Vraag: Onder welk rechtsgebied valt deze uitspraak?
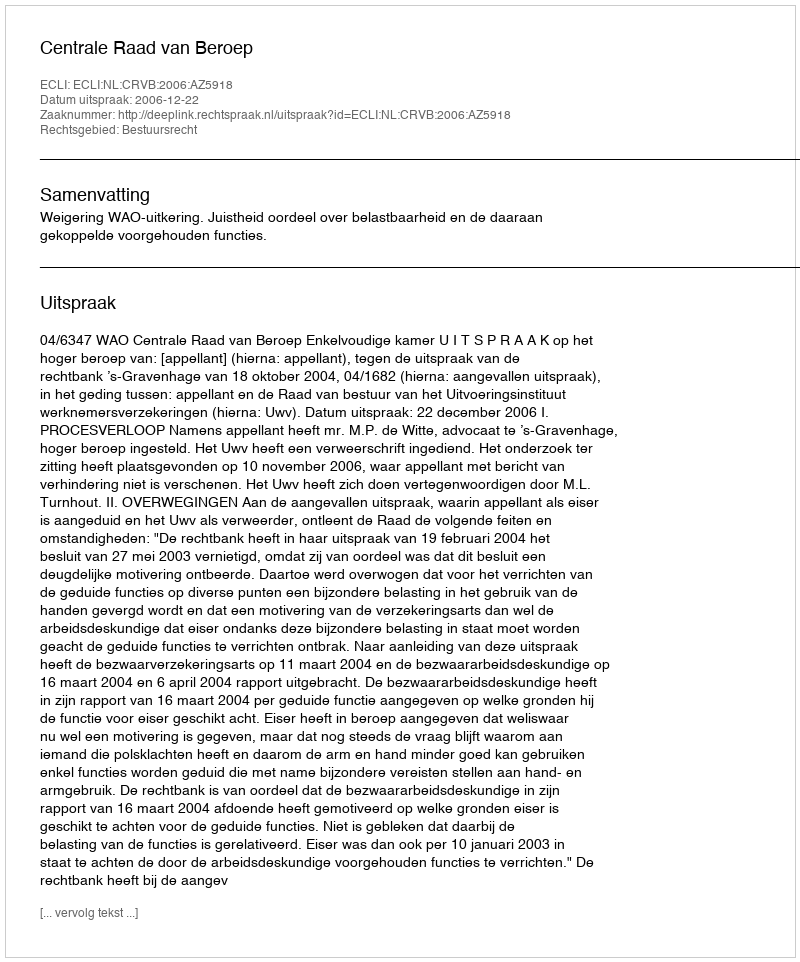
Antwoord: Bestuursrecht